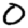
Digit: 0